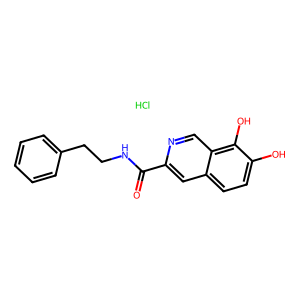
SMILES: Cl.O=C(NCCc1ccccc1)c1cc2ccc(O)c(O)c2cn1
Inhibits HIV replication: No